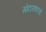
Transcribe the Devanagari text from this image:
मोटारकारचे